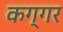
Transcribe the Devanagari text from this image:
कग्गर